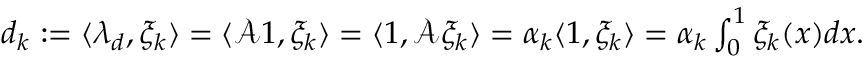
\begin{array} { r } { d _ { k } : = \langle \lambda _ { d } , \xi _ { k } \rangle = \langle \mathcal { A } 1 , \xi _ { k } \rangle = \langle 1 , \mathcal { A } \xi _ { k } \rangle = \alpha _ { k } \langle 1 , \xi _ { k } \rangle = \alpha _ { k } \int _ { 0 } ^ { 1 } \xi _ { k } ( x ) d x . } \end{array}